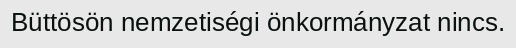
Büttösön nemzetiségi önkormányzat nincs.